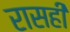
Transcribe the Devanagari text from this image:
रासही